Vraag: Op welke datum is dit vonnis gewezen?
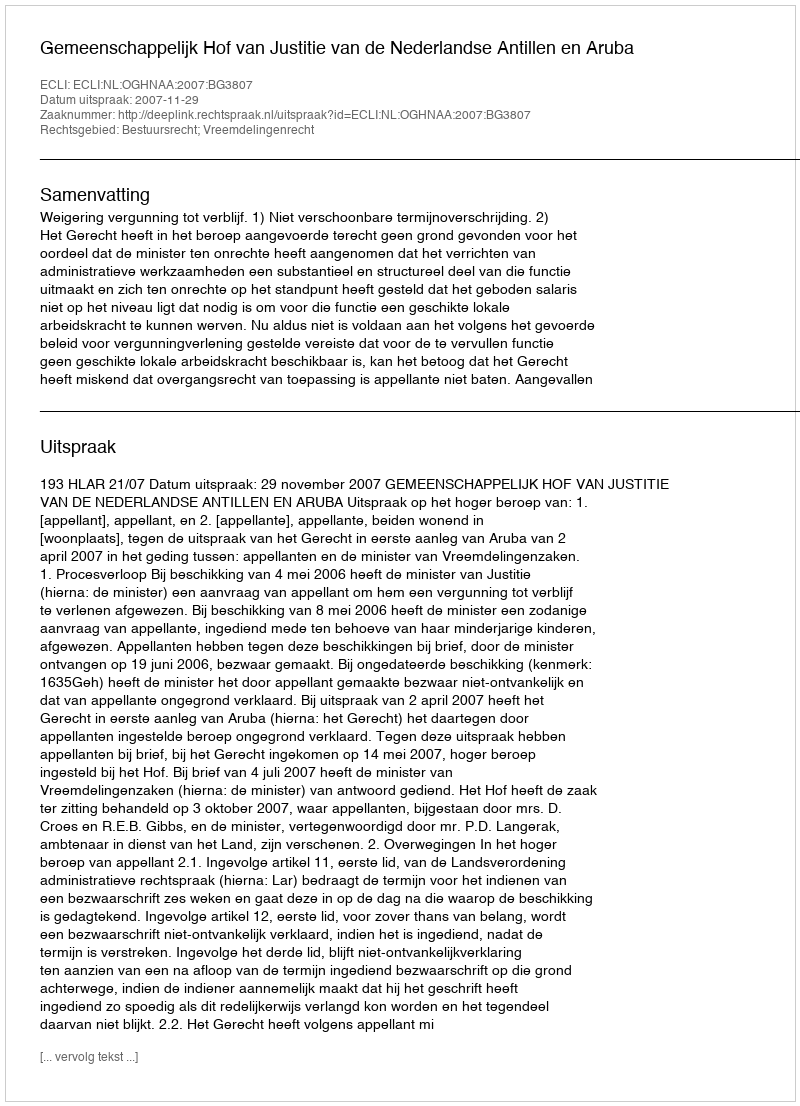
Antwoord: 2007-11-29